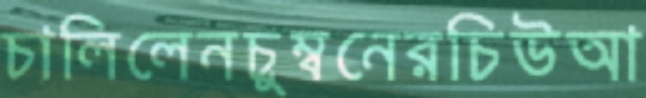
চালিলেনচুম্বনেরচিউআ